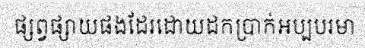
ផ្សព្វផ្សាយផងដែរដោយដកប្រាក់អប្បបរមា